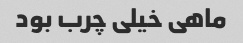
ماهی خیلی چرب بود